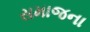
સમાજના